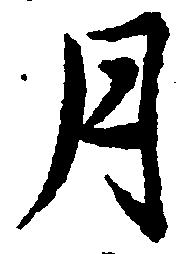
月